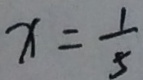
x = \frac { 1 } { 5 }